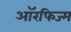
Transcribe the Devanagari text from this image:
ऑरफिज्म